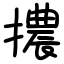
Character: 擃